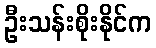
ဦးသန်းစိုးနိုင်က